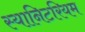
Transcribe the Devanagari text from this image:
स्यानिटरियम